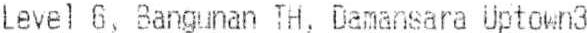
LEVEL 6, BANGUNAN TH, DAMANSARA UPTOWN3